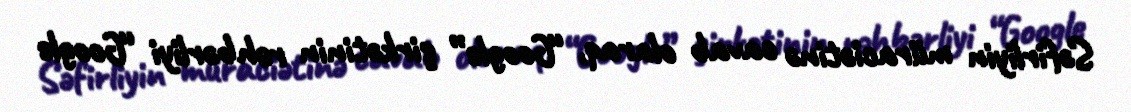
Səfirliyin müraciətinə cavab olaraq, “Google” şirkətinin rəhbərliyi “Google